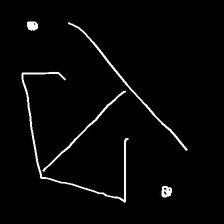
Glyph: earth